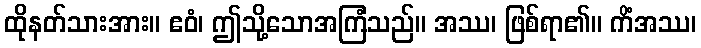
ထိုနတ်သားအား။ ဧဝံ၊ ဤသို့သောအကြံသည်။ အဿ၊ ဖြစ်ရာ၏။ ကိံအဿ၊